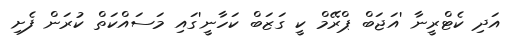
އަދި ކެޓްރީނާ 'އަޖަބް ޕްރޭމް ކީ ގަޒަބް ކަހާނީ'ގައި މަސައްކަތް ކުރަން ފެށި